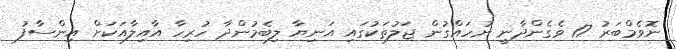
ނޮވެމްބަރު 17 ވެގެންދާނީ ނުހައްގުން ޖަލުތަކުގައި އަނިޔާ ލިބެމުންދާ ހުރިހާ އާއިލާއަކަށް އިންސާފު